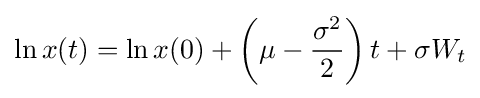
\ln x(t)=\ln x(0)+\left(\mu -{\frac {\sigma ^{2}}{2}}\right)t+\sigma W_{t}